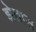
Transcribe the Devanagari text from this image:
झेतास